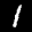
Label: 1